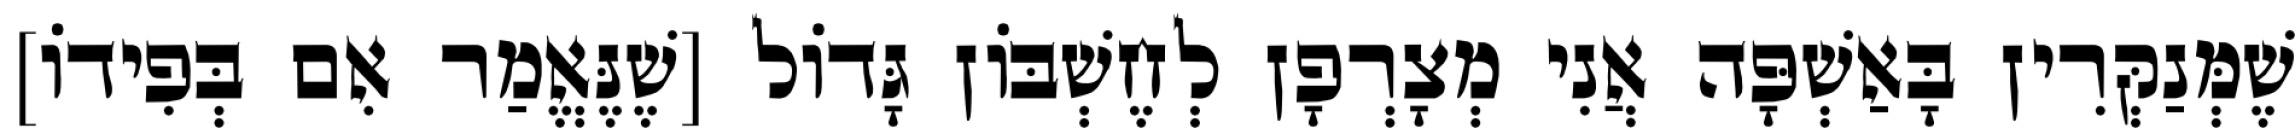
שֶׁמְּנַקְּרִין בָּאַשְׁפָּה אֲנִי מְצָרְפָן לְחֶשְׁבּוֹן גָּדוֹל [שֶׁנֶּאֱמַר אִם בְּפִידוֹ]